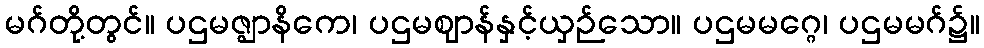
မဂ်တို့တွင်။ ပဌမဇ္ဈာနိကေ၊ ပဌမဈာန်နှင့်ယှဉ်သော။ ပဌမမဂ္ဂေ၊ ပဌမမဂ်၌။